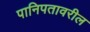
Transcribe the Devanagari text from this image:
पानिपतावरील